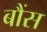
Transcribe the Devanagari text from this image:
बौंस